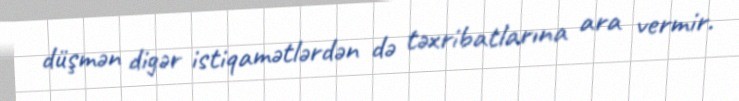
düşmən digər istiqamətlərdən də təxribatlarına ara vermir.